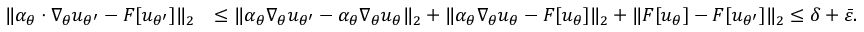
\begin{array} { r l } { \| \alpha _ { \theta } \cdot \nabla _ { \theta } u _ { \theta ^ { \prime } } - F [ u _ { \theta ^ { \prime } } ] \| _ { 2 } } & { \leq \| \alpha _ { \theta } \nabla _ { \theta } u _ { \theta ^ { \prime } } - \alpha _ { \theta } \nabla _ { \theta } u _ { \theta } \| _ { 2 } + \| \alpha _ { \theta } \nabla _ { \theta } u _ { \theta } - F [ u _ { \theta } ] \| _ { 2 } + \| F [ u _ { \theta } ] - F [ u _ { \theta ^ { \prime } } ] \| _ { 2 } \leq \delta + \bar { \varepsilon } . } \end{array}